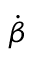
\dot { \boldsymbol { \beta } }